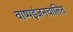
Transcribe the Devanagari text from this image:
वाष्पइंजनचालित